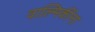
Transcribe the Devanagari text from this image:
वाल्मिकींना